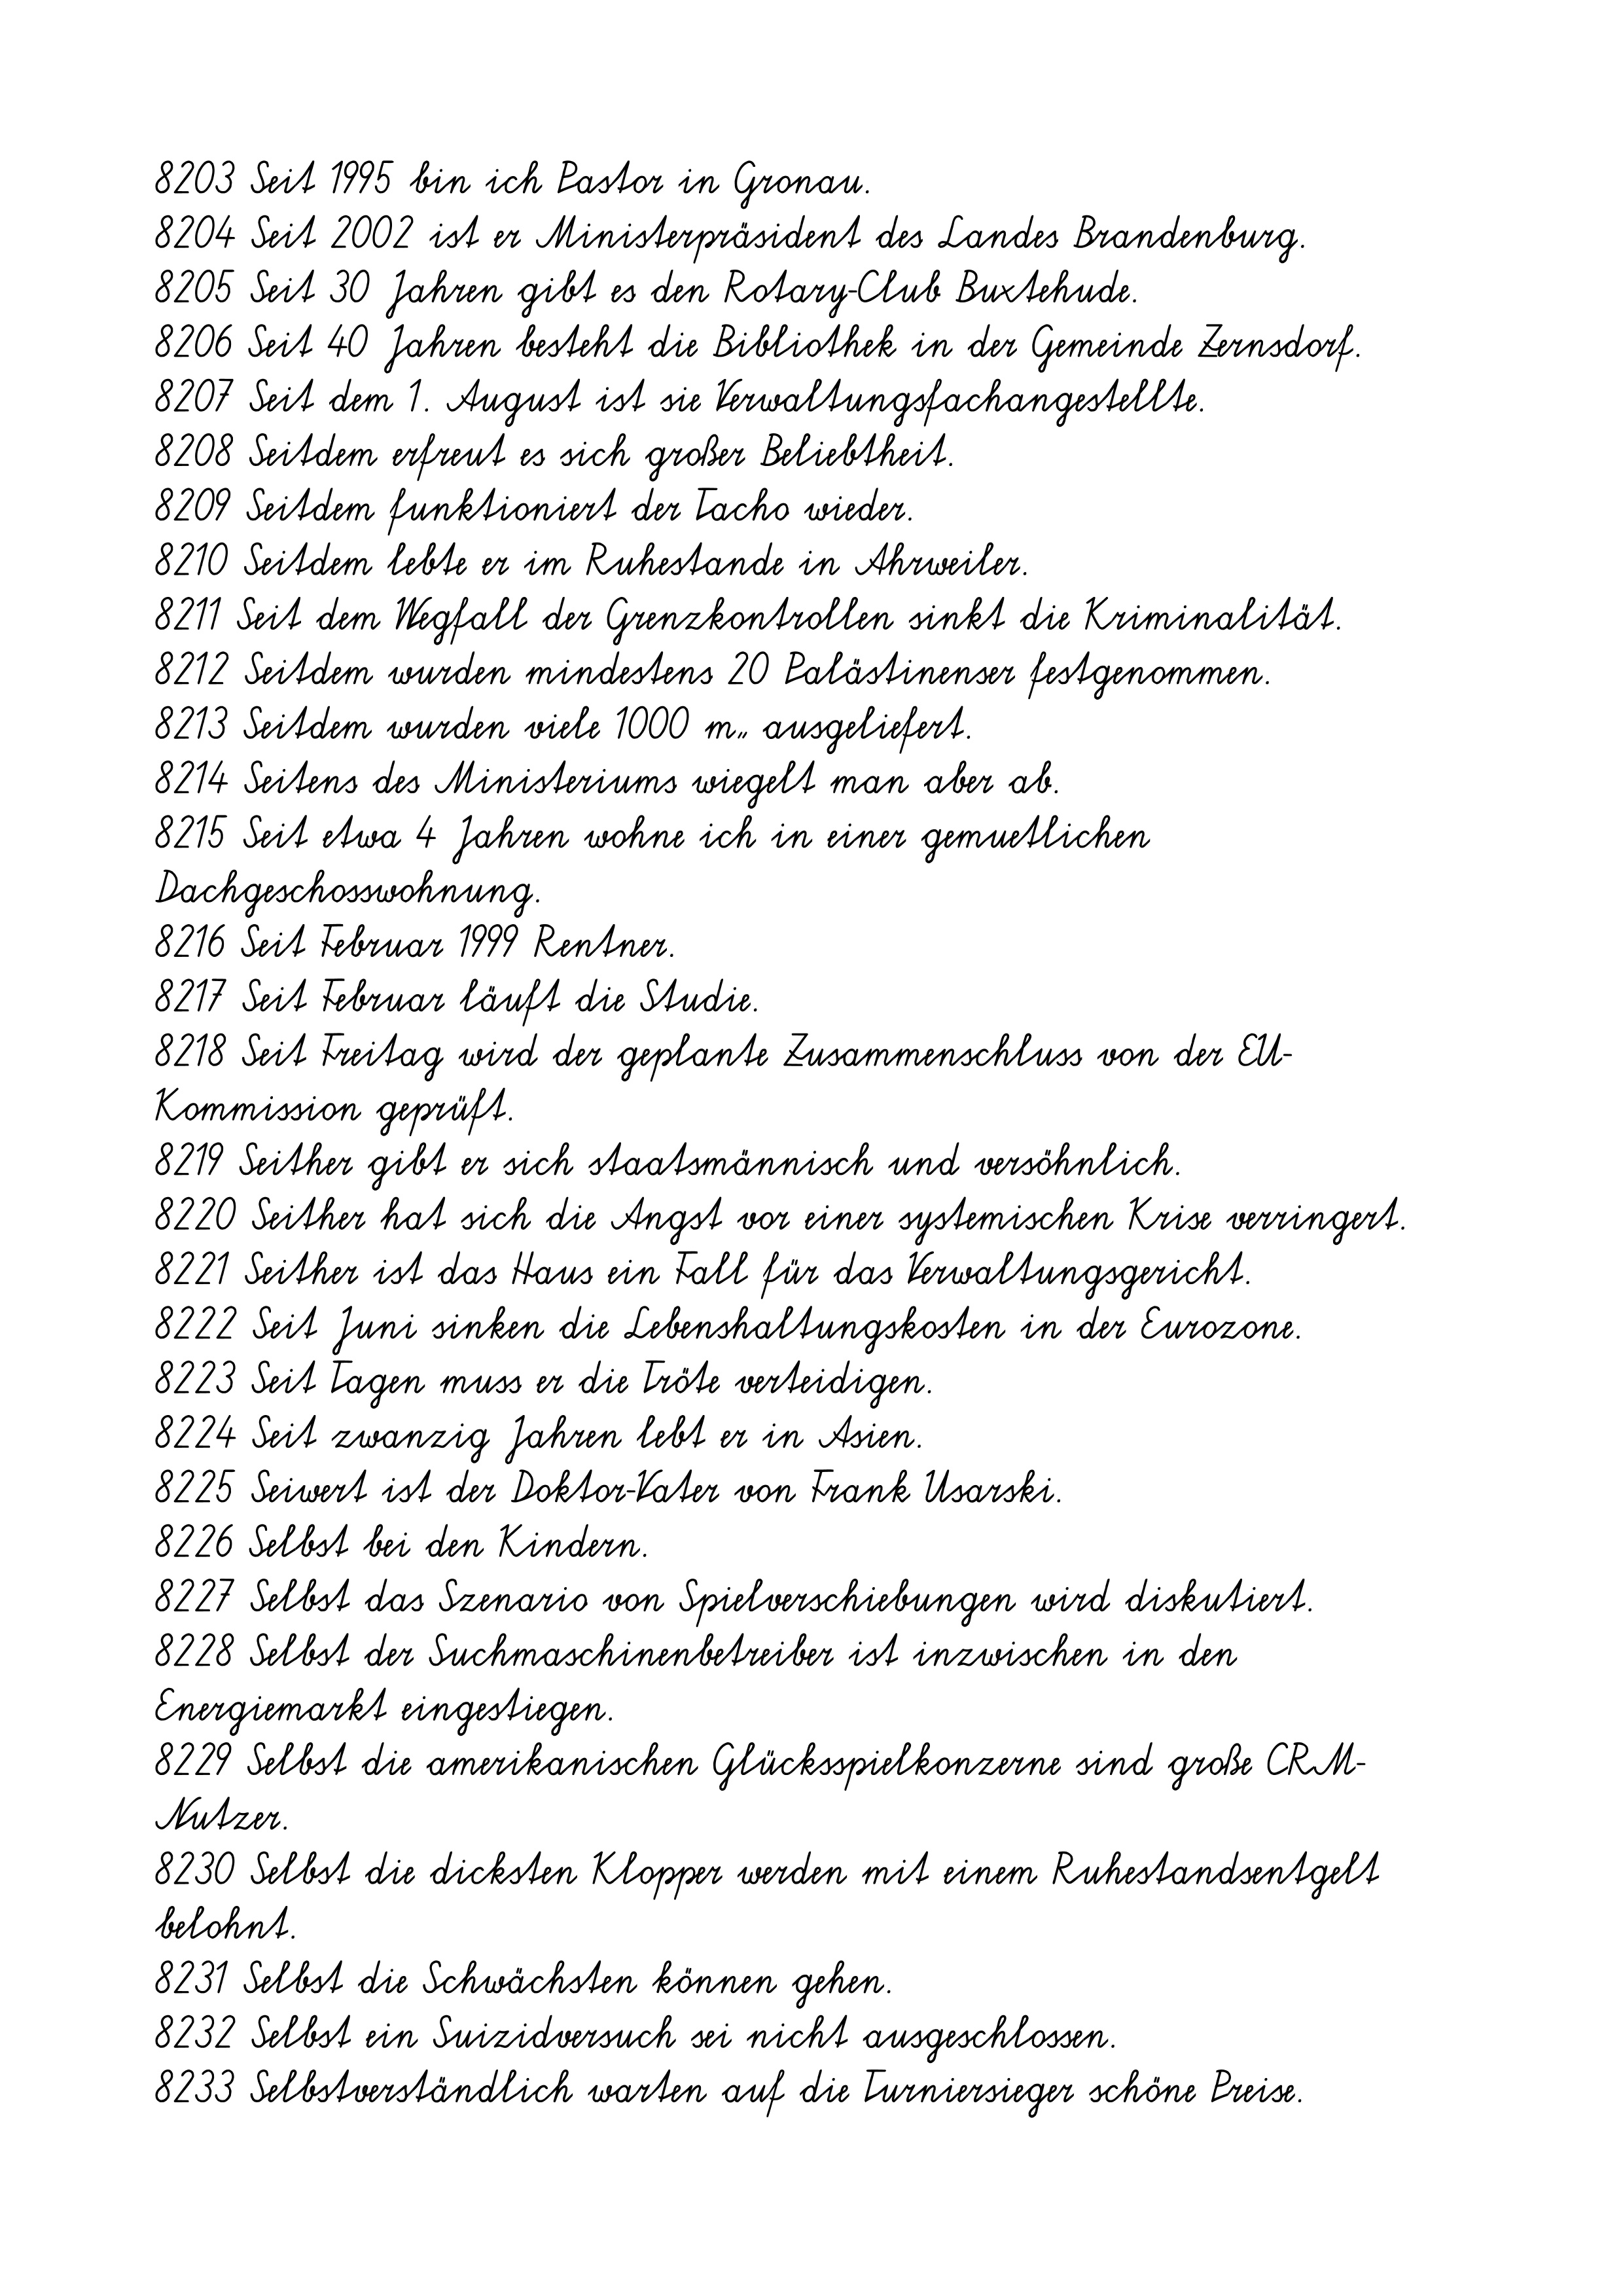
8203 Seit 1995 bin ich Pastor in Gronau.
8204 Seit 2002 ist er Ministerpräsident des Landes Brandenburg.
8205 Seit 30 Jahren gibt es den Rotary-Club Buxtehude.
8206 Seit 40 Jahren besteht die Bibliothek in der Gemeinde Zernsdorf.
8207 Seit dem 1. August ist sie Verwaltungsfachangestellte.
8208 Seitdem erfreut es sich großer Beliebtheit.
8209 Seitdem funktioniert der Tacho wieder.
8210 Seitdem lebte er im Ruhestande in Ahrweiler.
8211 Seit dem Wegfall der Grenzkontrollen sinkt die Kriminalität.
8212 Seitdem wurden mindestens 20 Palästinenser festgenommen.
8213 Seitdem wurden viele 1000 m² ausgeliefert.
8214 Seitens des Ministeriums wiegelt man aber ab.
8215 Seit etwa 4 Jahren wohne ich in einer gemuetlichen
Dachgeschosswohnung.
8216 Seit Februar 1999 Rentner.
8217 Seit Februar läuft die Studie.
8218 Seit Freitag wird der geplante Zusammenschluss von der EU-
Kommission geprüft.
8219 Seither gibt er sich staatsmännisch und versöhnlich.
8220 Seither hat sich die Angst vor einer systemischen Krise verringert.
8221 Seither ist das Haus ein Fall für das Verwaltungsgericht.
8222 Seit Juni sinken die Lebenshaltungskosten in der Eurozone.
8223 Seit Tagen muss er die Tröte verteidigen.
8224 Seit zwanzig Jahren lebt er in Asien.
8225 Seiwert ist der Doktor-Vater von Frank Usarski.
8226 Selbst bei den Kindern.
8227 Selbst das Szenario von Spielverschiebungen wird diskutiert.
8228 Selbst der Suchmaschinenbetreiber ist inzwischen in den
Energiemarkt eingestiegen.
8229 Selbst die amerikanischen Glücksspielkonzerne sind große CRM-
Nutzer.
8230 Selbst die dicksten Klopper werden mit einem Ruhestandsentgelt
belohnt.
8231 Selbst die Schwächsten können gehen.
8232 Selbst ein Suizidversuch sei nicht ausgeschlossen.
8233 Selbstverständlich warten auf die Turniersieger schöne Preise.